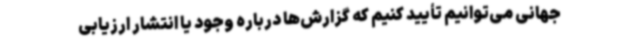
جهانی می‌توانیم تأیید کنیم که گزارش‌ها درباره وجود یا انتشار ارزیابی